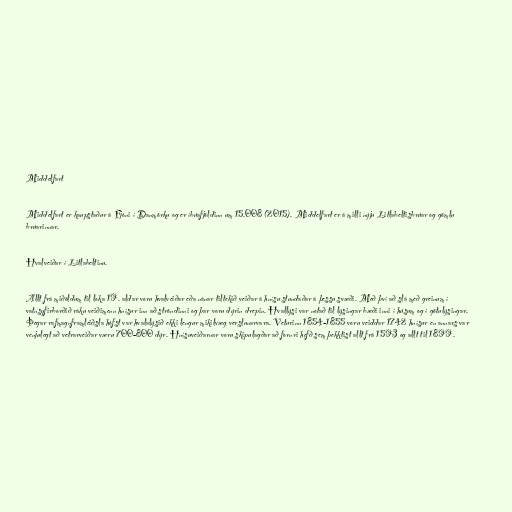
Middelfart

Middelfart er kaupstaður á Fjóni í Danmörku og er íbúafjöldinn um 15.008 (2015). Middelfart er á milli nýju Litlabeltisbrúar og gömlu
brúarinnar.

Hvalveiðar í Litlabeltinu.

Allt frá miðöldum til loka 19. aldar voru hvalveiðar eða nánar tiltekið veiðar á hnísu stundaðar á þessu svæði. Með því að slá með greinum í
vatnsyfirborðið ráku veiðimenn hnísur inn að ströndinni og þar voru dýrin drepin. Hvallýsi var notað til lýsingar bæði inni í húsum og í götulýsingar.
Þegar rafmagnframleiðsla hófst var hvalalýsið ekki lengur mikilvæg verslunarvara. Veturinn 1854-1855 voru veiddar 1742 hnísur en annars var
venjulegt að vetrarveiðar væru 700-800 dýr. Hnísuveiðarnar voru skipulagðar að fornri hefð sem þekktist allt frá 1593 og allt til 1899.